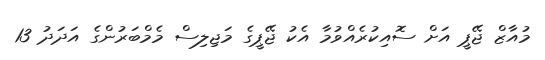
މުއާޒް ޖޭޕީ އަށް ސޮއިކުރެއްވުމާ އެކު ޖޭޕީގެ މަޖިލިސް މެމްބަރުންގެ އަދަދު 13